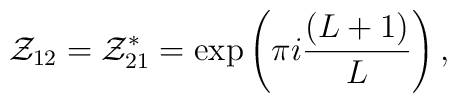
{\cal Z}_{12} = {\cal Z}_{21}^{*} = \exp \left(\pi i\frac{(L+1)}{L}\right),